Vaccination in Bombay 1902-1912 - 1902-1912
Year: 1902
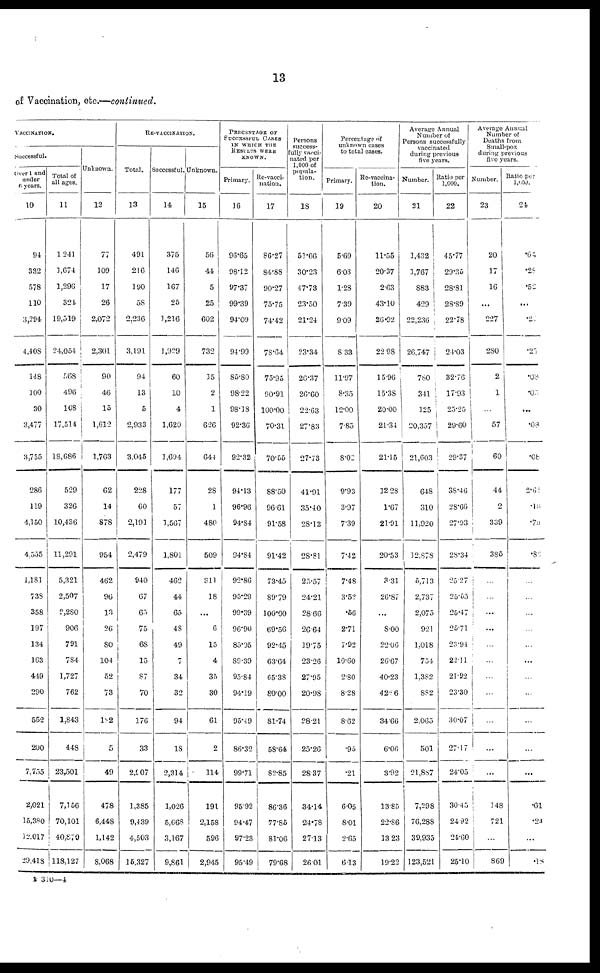
13
of Vaccination, etc.—continued.
VACCINATION.
Successful.
Over 1 and
under
6 years.
10
94
332
578
110
3,294
4,408
148
100
30
3,477
3,755
286
119
4,150
4,555
1,181
738
358
197
134
163
449
290
552
200
7,755
2,021
15,380
12,017
29,418
Total of
all ages.
11
1,241
1,674
1,296
324
19,519
24,054
568
496
108
17,514
18,686
529
326
10,436
11,291
5,321
2,507
2,280
906
791
784
1,727
762
1,843
448
23,501
7,156
70,101
40,870
118,127
Unknown.
12
77
109
17
26
2,072
2,301
90
46
15
1,612
1,763
62
14
878
954
462
96
13
26
80
104
52
73
182
5
49
478
6,448
1,142
8,068
RE-VACCINATION.
Total.
13
491
216
190
58
2,236
3,191
94
13
5
2,933
3,045
228
60
2,191
2,479
940
67
65
75
68
15
87
70
176
33
2,907
1,385
9,439
4,503
15,327
Successful.
14
375
146
167
25
1,216
1,929
60
10
4
1,620
1,694
177
57
1,567
1,801
462
44
65
48
49
7
34
32
94
18
2,314
1,026
5,668
3,167
9,861
Unknown.
15
56
44
5
25
602
732
15
2
1
626
644
28
1
480
509
311
18
...
6
15
4
35
30
61
2
114
191
2,158
596
2,945
PERCENTAGE OF
SUCCESSFUL CASES
IN WHICH THE
RESULTS WERE
KNOWN.
Primary.
16
96.65
98.12
97.37
99.39
94.09
94.99
85.80
98.22
98.18
92.36
92.32
94.13
96.96
94.84
94.84
92.86
95.29
99.39
96.90
85.95
89.39
95.84
94.19
95.49
86.32
99.71
95.92
94.47
97.23
95.49
Re-vacci¬
nation.
17
86.27
84.88
90.27
75.75
74.42
78.64
75.95
90.91
100.00
70.31
70.55
88.50
96.61
91.58
91.42
73.45
89.79
100.00
69.56
92.45
63.64
65.38
80.00
81.74
58.64
82.85
86.36
77.85
81.06
79.68
Persons
success¬
fully vacci-
nated per
1,000 of
popula-
tion.
18
51.66
30.23
47.73
23.50
21.24
23.34
26.37
26.60
22.63
27.83
27.73
41.91
35.40
28.12
28.81
25.57
24.21
28.66
26.64
19.75
23.26
27.95
20.98
28.21
25.26
28.37
34.14
24.78
27.13
26.01
Percentage of
unknown cases
to total cases.
Primary.
19
5.69
6.03
1.28
7.39
9.09
8.33
11.97
8.35
12.00
7.85
8.02
9.93
3.97
7.39
7.42
7.48
3.52
.56
2.71
7.92
10.60
2.80
8.28
8.62
.95
.21
6.05
8.01
2.65
6.13
Re-vaccina¬
tion.
20
11.55
20.37
2.63
43.10
26.92
22.98
15.96
15.38
20.00
21.34
21.15
12.28
1.67
21.91
20.53
3.31
26.87
...
8.00
22.06
26.67
40.23
42.86
34.66
6.06
3.92
13.85
22.86
13.23
19.22
Averages Annual
Number of
Persons successfully
vaccinated
during previous
five years.
Number.
21
1,432
1,767
883
429
22,236
26,747
780
341
125
20,357
21,603
648
310
11,920
12,878
5,713
2,737
2,075
921
1,018
754
1,382
882
2,065
501
21,887
7,298
76,288
39,935
123,521
Ratio per
1,000.
22
45.77
29.35
28.81
28.89
22.78
24.03
32.76
17.93
25.25
29.60
29.37
38.46
28.66
27.93
28.34
25.27
25.55
25.47
25.71
23.94
22.11
21.92
23.30
30.07
27.17
24.05
30.45
24.92
24.60
25.10
Average Annual
Number of
Deaths from
Small-pox
during previous
five years.
Number.
23
20
17
16
...
227
280
2
1
...
57
60
44
2
339
385
...
...
...
...
...
...
...
...
...
...
...
148
721
...
869
Ratio per
1,000.
24
.64
.28
.52
...
.23
.25
.08
.05
...
.08
.08
2.61
.18
.79
.86
...
...
...
...
...
...
...
...
...
...
...
.61
.24
...
.18
B 310—4